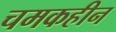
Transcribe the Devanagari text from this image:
चमकहीन